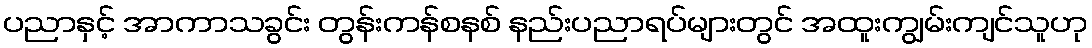
ပညာနှင့် အာကာသခွင်း တွန်းကန်စနစ် နည်းပညာရပ်များတွင် အထူးကျွမ်းကျင်သူဟု